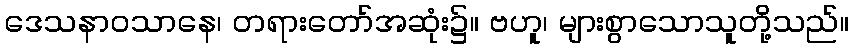
ဒေသနာဝသာနေ၊ တရားတော်အဆုံး၌။ ဗဟူ၊ များစွာသောသူတို့သည်။